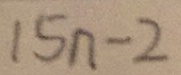
1 5 n - 2